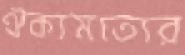
ঐক্যমত্যের